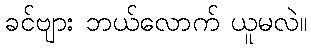
ခင်ဗျား ဘယ်လောက် ယူမလဲ။